画像に写った文字を読んでください
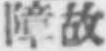
「障故」と書いてあります